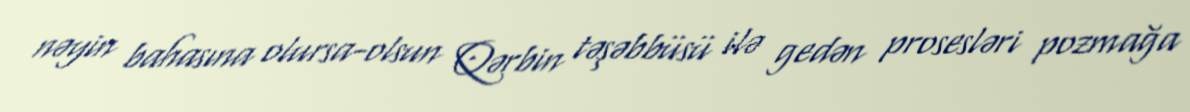
nəyin bahasına olursa-olsun Qərbin təşəbbüsü ilə gedən prosesləri pozmağa